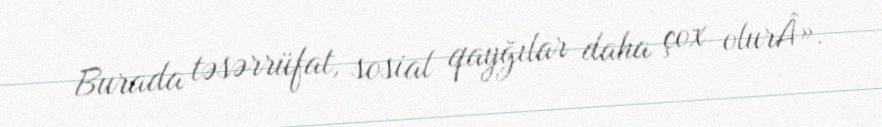
Burada təsərrüfat, sosial qayğılar daha çox olurÂ».